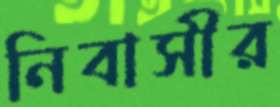
নিবাসীর